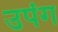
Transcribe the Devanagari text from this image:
उपंग